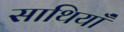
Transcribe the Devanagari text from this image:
साथियाँ